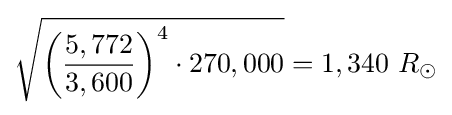
{\sqrt {{\biggl (}{\frac {5,772}{3,600}}{\biggr )}^{4}\cdot 270,000}}=1,340\ R_{\odot }